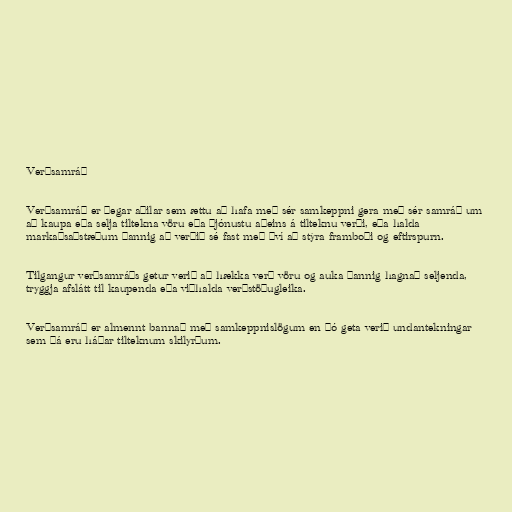
Verðsamráð

Verðsamráð er þegar aðilar sem ættu að hafa með sér samkeppni gera með sér samráð um
að kaupa eða selja tiltekna vöru eða þjónustu aðeins á tilteknu verði, eða halda
markaðsaðstæðum þannig að verðið sé fast með því að stýra framboði og eftirspurn.

Tilgangur verðsamráðs getur verið að hækka verð vöru og auka þannig hagnað seljenda,
tryggja afslátt til kaupenda eða viðhalda verðstöðugleika.

Verðsamráð er almennt bannað með samkeppnislögum en þó geta verið undantekningar
sem þá eru háðar tilteknum skilyrðum.